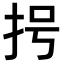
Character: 𢪶